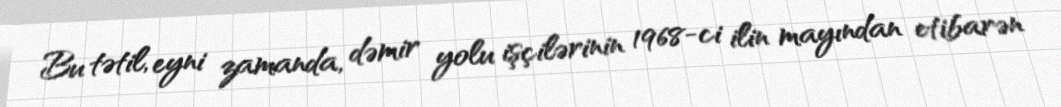
Bu tətil, eyni zamanda, dəmir yolu işçilərinin 1968-ci ilin mayından etibarən